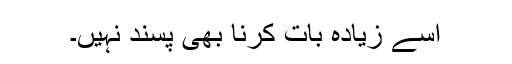
اسے زیادہ بات کرنا بھی پسند نہیں۔